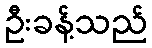
ဦးခန့်သည်